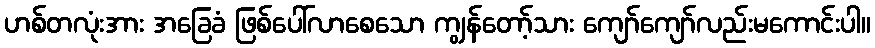
ဟစ်တလုံးအား အခြေခံ ဖြစ်ပေါ်လာစေသော ကျွန်တော့်သား ကျော်ကျော်လည်းမကောင်းပါ။